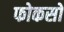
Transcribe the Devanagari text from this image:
फोकसों